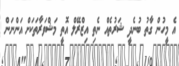
އެ މީހުން ގާތު ބުނެދީ ޝަރުތެއް ނެތި އިޒްރޭލް އޮތީ މަޝްވަރާތަކަށް އަންނަން